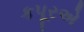
કપૂરએ